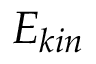
E _ { k i n }